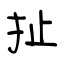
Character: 扯